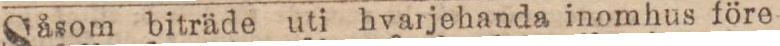
Såsom biträde uti hvarjehanda inomhus före